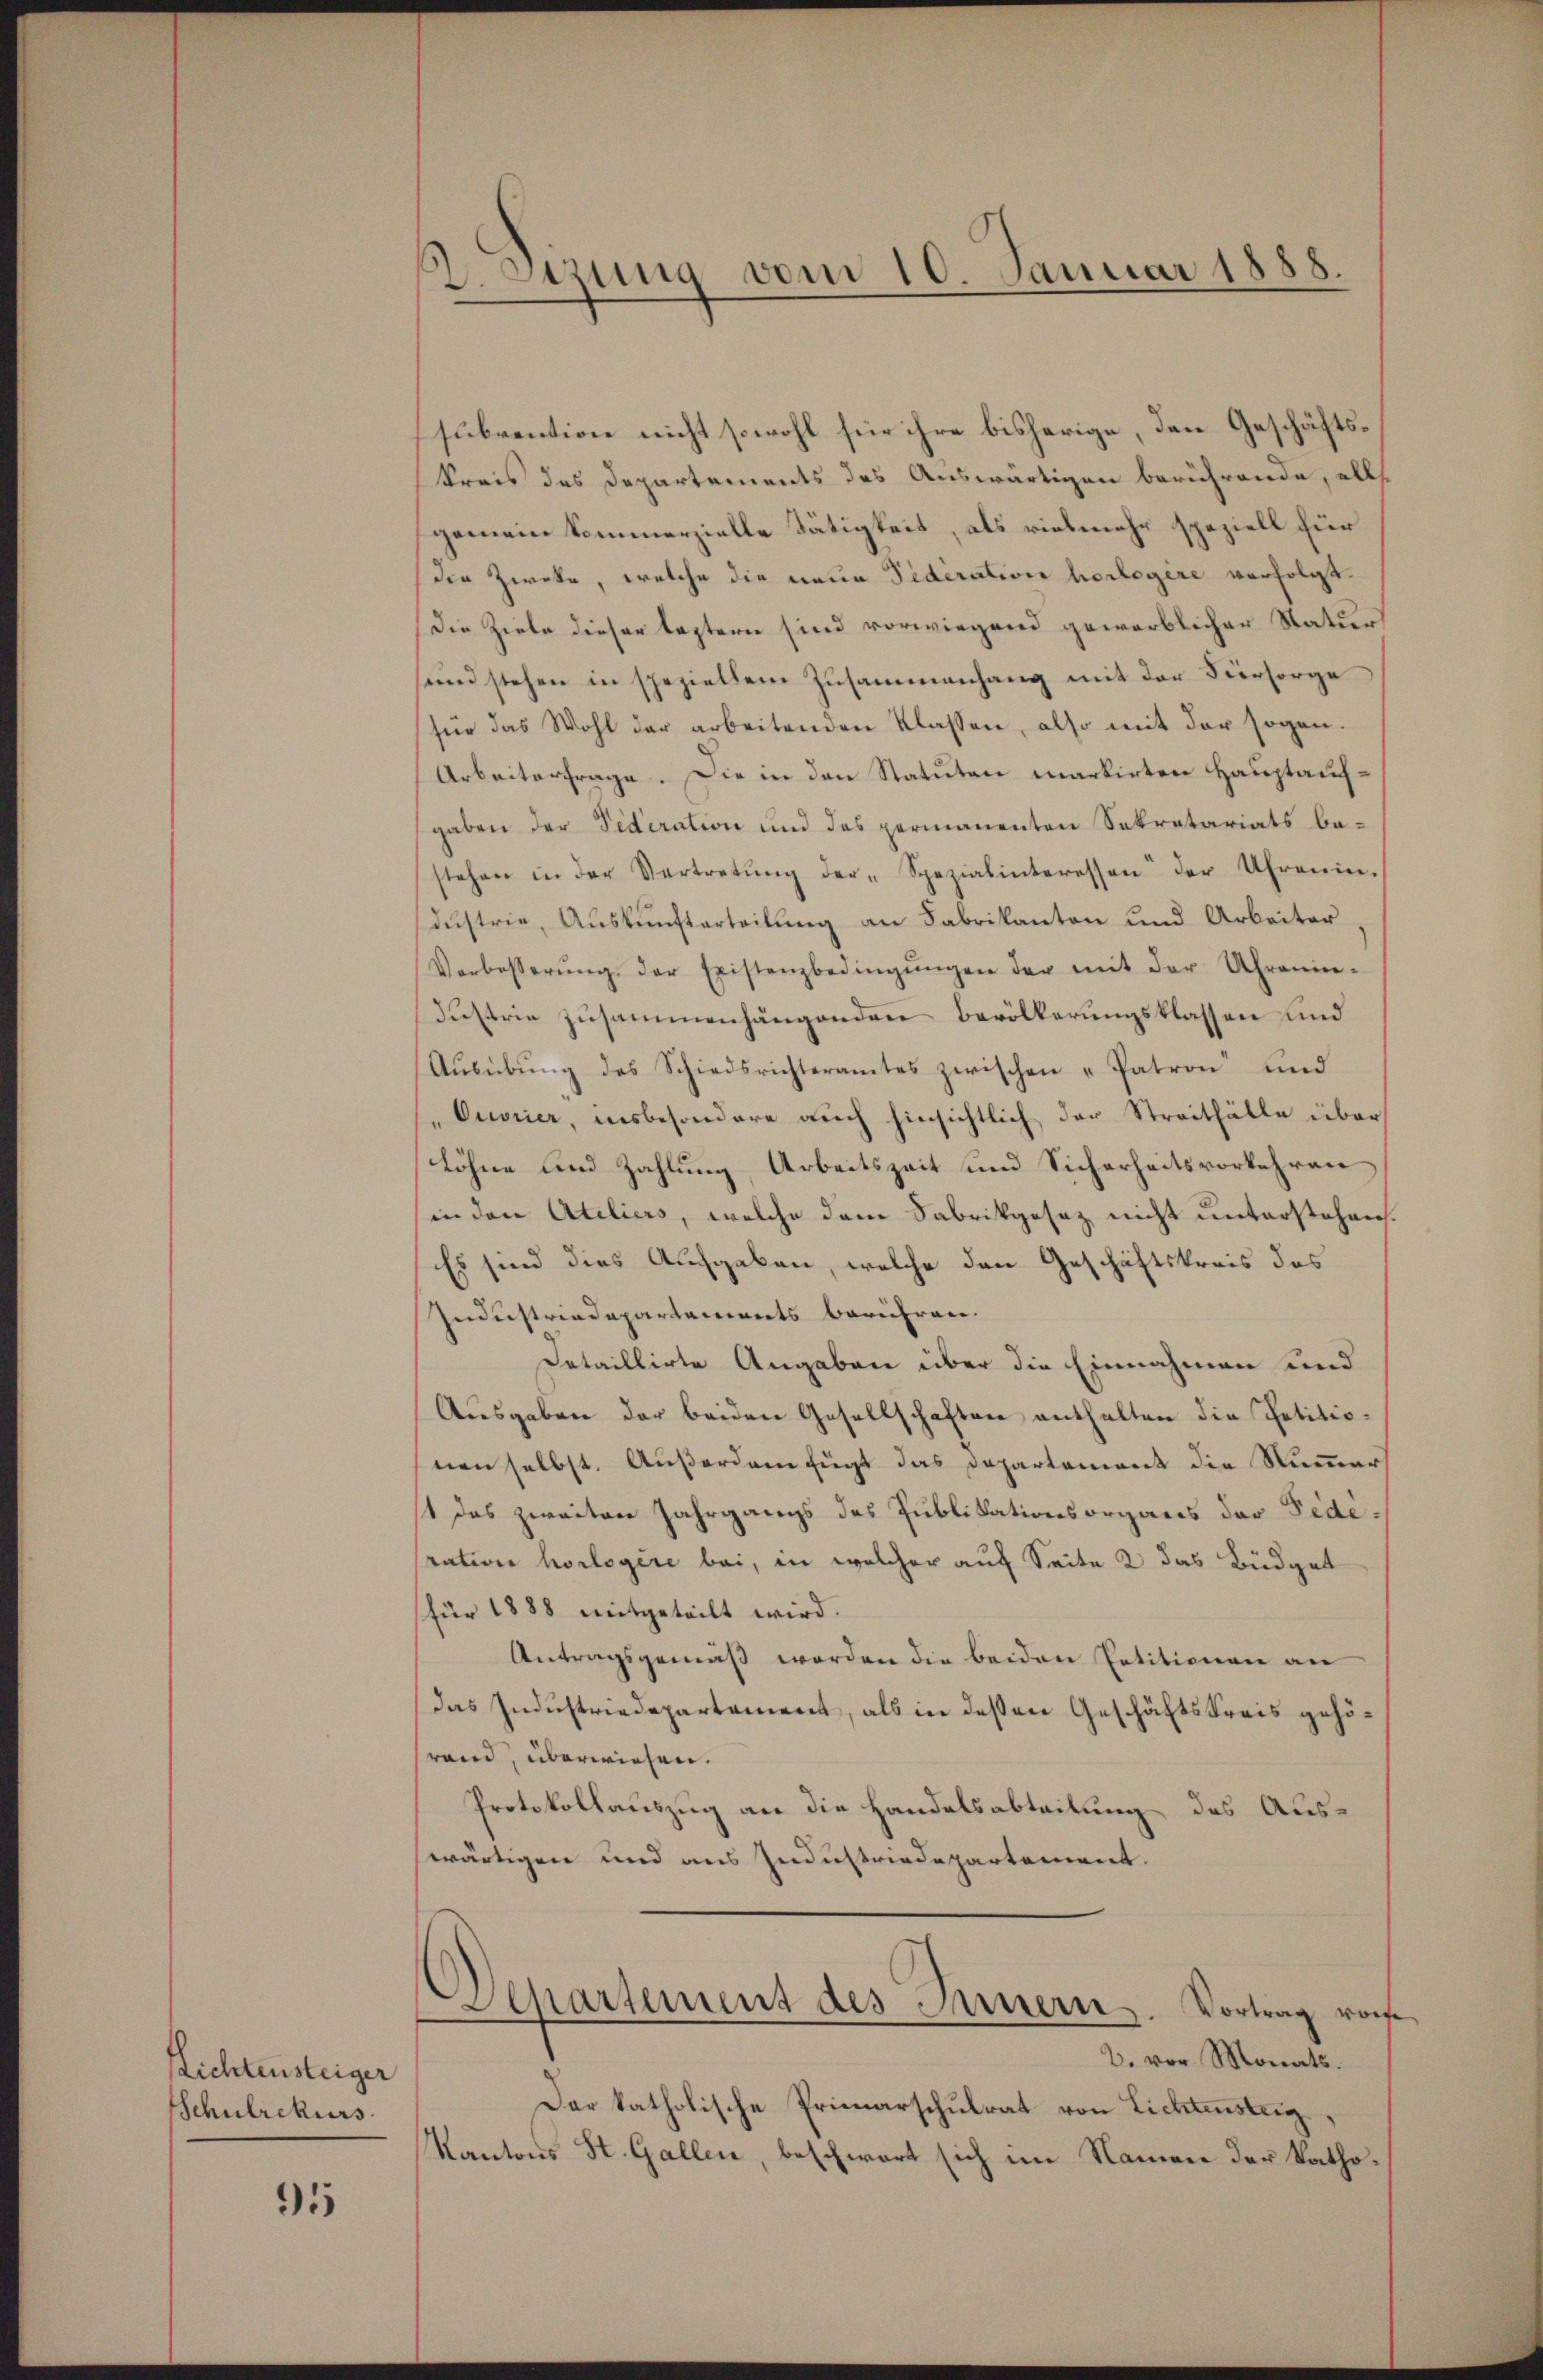
Richtensteiger
Schulrekurs

95

2 Sizung vom 10. Januar 1888.

subvention nicht sowohl für ihre bisherige, den Geschäftskreis des Departements des Auswärtigen berührende, alls
gemein Sommerzielle Tätigkeit, als vielmehr speziell für
die Zweke, welche die neue Federation herlegere verfolgt.
Die Ziele dieser leztern sind vorwiegend gewerblicher Natur
sund stehen in speziellem Zusammenhang mit der Fürsorge
für das Wohl der arbeitenden Klassen, also mit der sogan¬
Arbeiterfrage. Die in den Statuten markirten Hauptaufgaben der Sideration und des permanenten Sekretariats bestehen in der Vertretŭng der Spezialinteressen der Uhrenin.
dustrie, Auskunfterteilung an Fabrikanton und Arbeiter
Verbesserŭng der Existenzbedingŭngen der mit der Uhronin-
Fustrie zusammenhängenden Bevölkerungsklassen und
Ausübung des Schiedsrichteramtes zwischen „Patron“ und
"Ouvrier, insbesondere auch hinsichtlich der Streitfälle über
Löhne und Zahlung Arbeitszeit und Sicherheitsvorkehren
in den Ateliers, welche dem Fabrikgesez nicht unterstehen.
Es sind dies Aufgaben, welche den Geschäftskreis des
Industriadepartements berühren.
Detaillirte Angaben über die Einnahmen und
Ausgaben der beiden Gesellschaften enthalten die Petitionen selbst. Außerdam fügt das Departement die Nummer,
1 das zweiten Jahrgangs des Publikationsorgans der Federation horlogere bei, in welcher auf Seite 2 das Büdget
für 1888 mitgeteilt wird.
Antragsgemäß werden die beiden Petitionen an
das Industriedepartement, als in dessen Geschäftskreis gehörand, überwiesen.
Protokollauszug an die Handelsabteilung des Auswärtigen und aus Industriedepartement.
Departement des Innern. Vortrag roch
2. vor Monats.
Dar katholische Primarschulrat von Lichtensteig
Kantons St. Gallen, beschwert sich im Namen der Katho¬